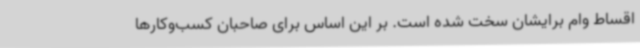
اقساط وام برایشان سخت شده است. بر این اساس برای صاحبان کسب‌وکارها